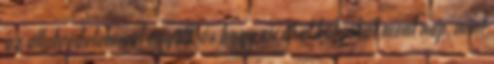
az állatvédelemmel együtt, és hogy cicákat,kutyákat ment nap, mint